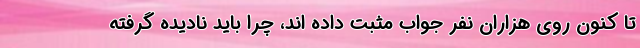
تا کنون روی هزاران نفر جواب مثبت داده اند، چرا باید نادیده گرفته